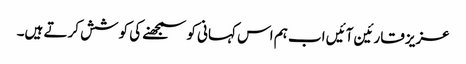
عزیز قارئین آئیں اب ہم اس کہانی کو سمجھنے کی کوشش کرتے ہیں۔